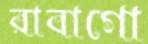
রাবাগো